Vaccination North-Western Provinces and Oudh 1896-1901 - 1896-1901
Year: 1896
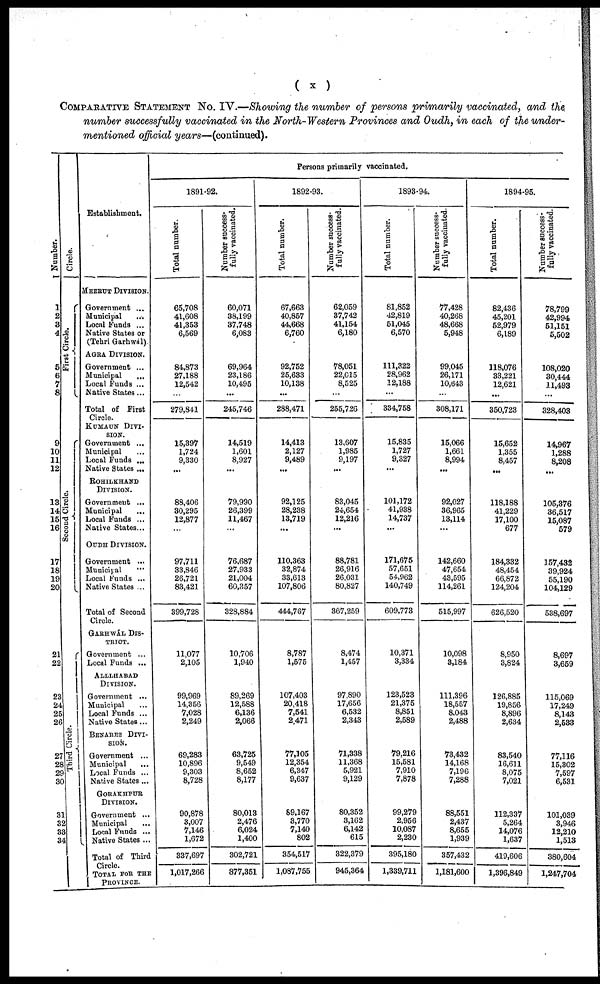
( x )
COMPARATIVE STATEMENT No. IV.—Showing the number of persons primarily vaccinated, and the
number successfully vaccinated in the North-Western Provinces and Oudh, in each of the under-
mentioned official years—(continued).
Number.
1
2
3
4
5
6
7
8
9
10
11
12
13
14
15
16
17
18
19
20
21
22
28
24
25
26
27
28
29
30
31
32
33
34
Circle.
First Circle.
Second Circle.
Third Circle.
Establishment.
MEERUT DIVISION.
Government ...
Municipal ...
Local Funds ...
Native States or
(Tehri Garhwál)
AGRA DIVISION.
Government ...
Municipal ...
Local Funds ...
Native States...
Total of First
Circle.
KUMAUN DIVI¬
-----
Government ...
Municipal ...
Local Funds ...
Native States ...
ROHILKHAND
DIVISION.
Government ...
Municipal ...
Local Funds ...
Native States...
OUDH DIVISION.
Government ...
Municipal ...
Local Funds ...
Native States ...
Total of Second
Circle.
GARHWAL DIS¬
------
Government ...
Local Funds ...
ALLLHABAD
DIVISION.
Government ...
Municipal ...
Local Funds ...
Native States ...
BENARES DIVI¬
----.
Government ...
Municipal ...
Local Funds ...
Native States...
GORAKHPUR
DIVISION.
Government ...
Municipal ...
Local Funds ...
Native States ...
Total of Third
Circle.
TOTAL FOR THE
PROVINCE.
Persons primarily vaccinated.
1891-92.
Total number.
65,708
41,608
41,353
6,569
84,873
27,188
12,542
...
279,841
15,397
1,724
9,330
...
88,406
30,295
12,877
...
97,711
33,846
26,721
83,421
399,728
11,077
2,105
99,969
14,356
7,028
2,249
69,283
10,896
9,303
8,728
90,878
3,007
7,146
1,672
337,697
1,017,266
Number success-
fully vaccinated.
60,071
38,199
37,748
6,083
69,964
23,186
10,495
...
245,746
14,519
1,601
8,927
...
79,990
26,399
11,467
...
76,687
27,933
21,004
60,357
328,884
10,706
1,940
89,269
12,588
6,136
2,066
63,725
9,549
8,652
8,177
80,013
2,476
6,024
1,400
302,721
377,351
1892-93.
Total number.
67,663
40,857
44,668
6,760
92,752
25,633
10,138
...
288,471
14,413
2,127
9,489
...
92,125
28,238
13,719
...
110,363
32,874
33,613
107,806
444,767
8,787
1,575
107,403
20,418
7,541
2,471
77,105
12,354
6,347
9,637
89,167
3,770
7,140
802
354,517
1,087,755
Number success-
fully vaccinated.
62,059
37,742
41,154
6,180
78,051
22,015
8,525
...
255,726
13,607
1,985
9,197
...
83,045
24,654
12,216
...
88,781
26,916
26,031
80,827
367,259
8,474
1,457
97,890
17,656
6,532
2,343
71,338
11,368
5,921
9,129
80,352
3,162
6,142
615
322,379
945,364
1893-94.
Total number.
81,852
42,819
51,045
6,570
111,322
28,962
12,188
...
334,758
15,835
1,727
9,327
...
101,172
41,938
14,737
...
171,675
57,651
54,962
140,749
609,773
10,371
3,334
123,523
21,375
8,851
2,589
79,216
15,581
7,910
7,878
99,279
2,956
10,087
2,230
395,180
1,339,711
Number success-
fully vaccinated.
77,428
40,268
48,668
5,948
99,045
26,171
10,043
...
308,171
15,066
1,661
8,994
...
92,027
36,965
13,114
...
142,660
47,654
43,595
114,261
515,997
10,098
3,184
111,396
18,557
8,043
2,488
73,432
14,168
7,196
7,288
88,551
2,437
8,655
1,939
357,432
1,181,600
1894-95.
Total number.
82,436
45,201
52,979
6,189
118,076
33,221
12,621
...
350,723
15,652
1,355
8,457
...
118,188
41,229
17,100
677
184,332
48,454
66,872
124,204
626,520
8,950
3,824
126,885
19,856
8,896
2,634
83,540
16,611
8,075
7,021
112,337
5,264
14,076
1,637
419,606
1,396,849
Number success-
fully vaccinated.
78,799
42,994
51,151
5,502
108,020
30,444
11,493
...
328,403
14,967
1,288
8,208
105,376
36,517
15,087
579
157,432
39,924
55,190
104,129
538,697
8,697
3,659
115,069
17,249
8,143
2,533
77,116
15,302
7,597
6,531
101,039
3,946
12,210
1,513
380,604
1,247,704